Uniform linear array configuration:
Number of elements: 12
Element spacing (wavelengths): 0.5
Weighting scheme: exponential
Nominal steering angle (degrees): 30
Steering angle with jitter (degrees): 30.003
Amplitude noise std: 0.05
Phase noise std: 0.05

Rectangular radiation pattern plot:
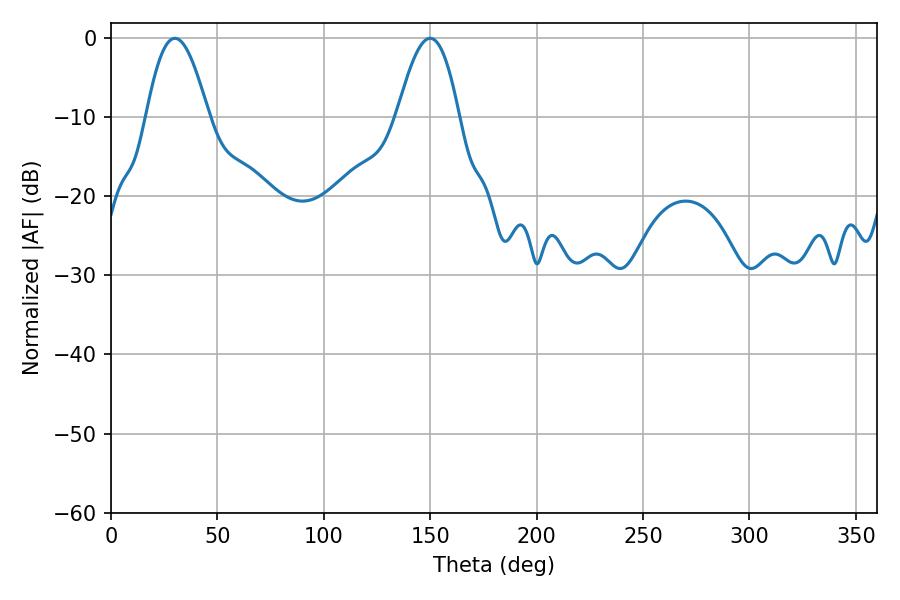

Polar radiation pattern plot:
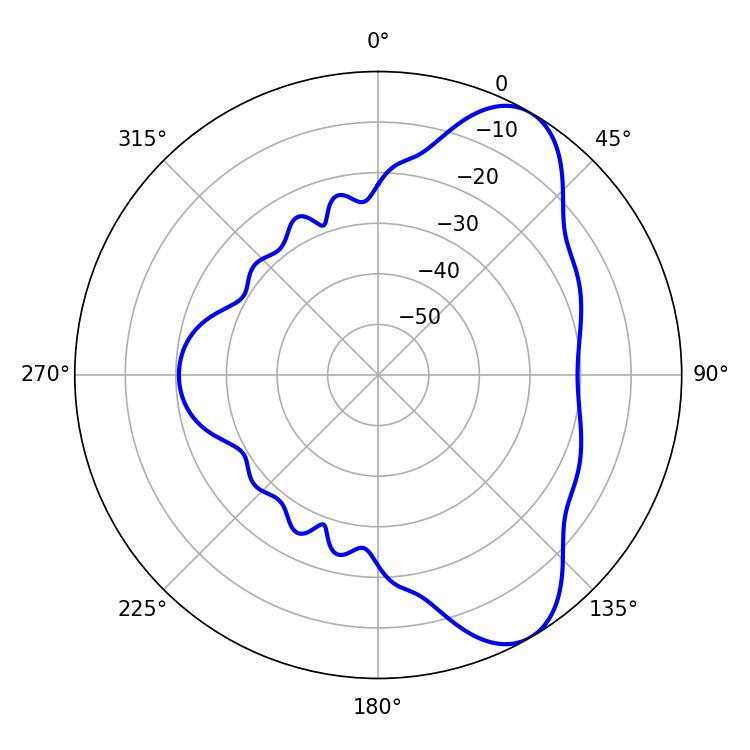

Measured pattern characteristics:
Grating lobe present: FALSE
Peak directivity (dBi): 7.877
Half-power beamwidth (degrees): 15.84
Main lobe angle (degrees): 30.06